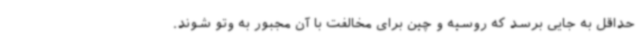
حداقل به جایی برسد که روسیه و چین برای مخالفت با آن مجبور به وتو شوند.